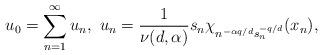
LaTeX: \begin{align*}u_{0}=\sum_{n=1}^{\infty}u_{n}, \ u_{n}=\frac{1}{\nu(d,\alpha)}s_{n}\chi_{n^{-\alpha q/d}s_{n}^{-q/d}}(x_{n}),\end{align*}